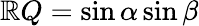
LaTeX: \mathbb{R}Q=\sin\alpha\sin\beta